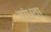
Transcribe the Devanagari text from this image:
बांधवा